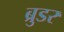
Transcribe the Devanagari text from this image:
ब्रुडर